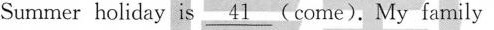
Summer holiday is\underline{41} (come). My family